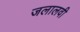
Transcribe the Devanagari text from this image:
जलालवी